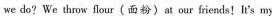
we do? We thhow flour(面粉)at our friends!It's my